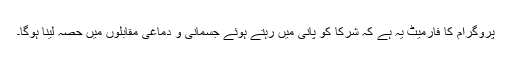
پروگرام کا فارمیٹ یہ ہے کہ شرکا کو پانی میں رہتے ہوئے جسمانی و دماغی مقابلوں میں حصہ لینا ہوگا۔